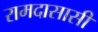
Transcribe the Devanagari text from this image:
रामदासासी